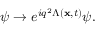
\psi \rightarrow e ^ { i q ^ { 2 } \Lambda ( { \bf x } , t ) } \psi .